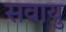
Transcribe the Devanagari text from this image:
सवायु